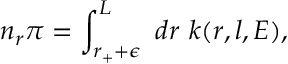
n _ { r } \pi = \int _ { r _ { + } + \epsilon } ^ { L } ~ d r ~ k ( r , l , E ) ,